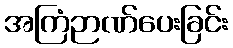
အကြံဉာဏ်ပေးခြင်း